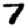
Digit: 7